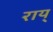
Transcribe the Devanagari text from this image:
राय्